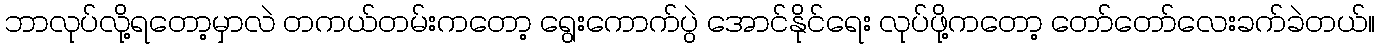
ဘာလုပ်လို့ရတော့မှာလဲ တကယ်တမ်းကတော့ ရွေးကောက်ပွဲ အောင်နိုင်ရေး လုပ်ဖို့ကတော့ တော်တော်လေးခက်ခဲတယ်။